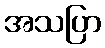
အသပြာ